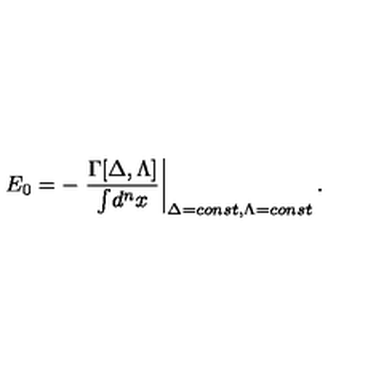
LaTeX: E _ { 0 } = - \left. \frac { \Gamma [ \Delta , \Lambda ] } { \int \! d ^ { n } x } \right| _ { \Delta = c o n s t , \Lambda = c o n s t } .